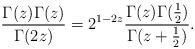
LaTeX: \begin{align*}\frac{\Gamma(z)\Gamma(z)}{\Gamma(2z)}=2^{1-2z}\frac{\Gamma(z)\Gamma(\frac12)}{\Gamma(z+\frac12)}.\end{align*}